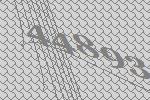
44893